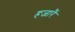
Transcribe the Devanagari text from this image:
हजारैं